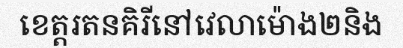
ខេត្តរតនគិរីនៅវេលាម៉ោង២និង